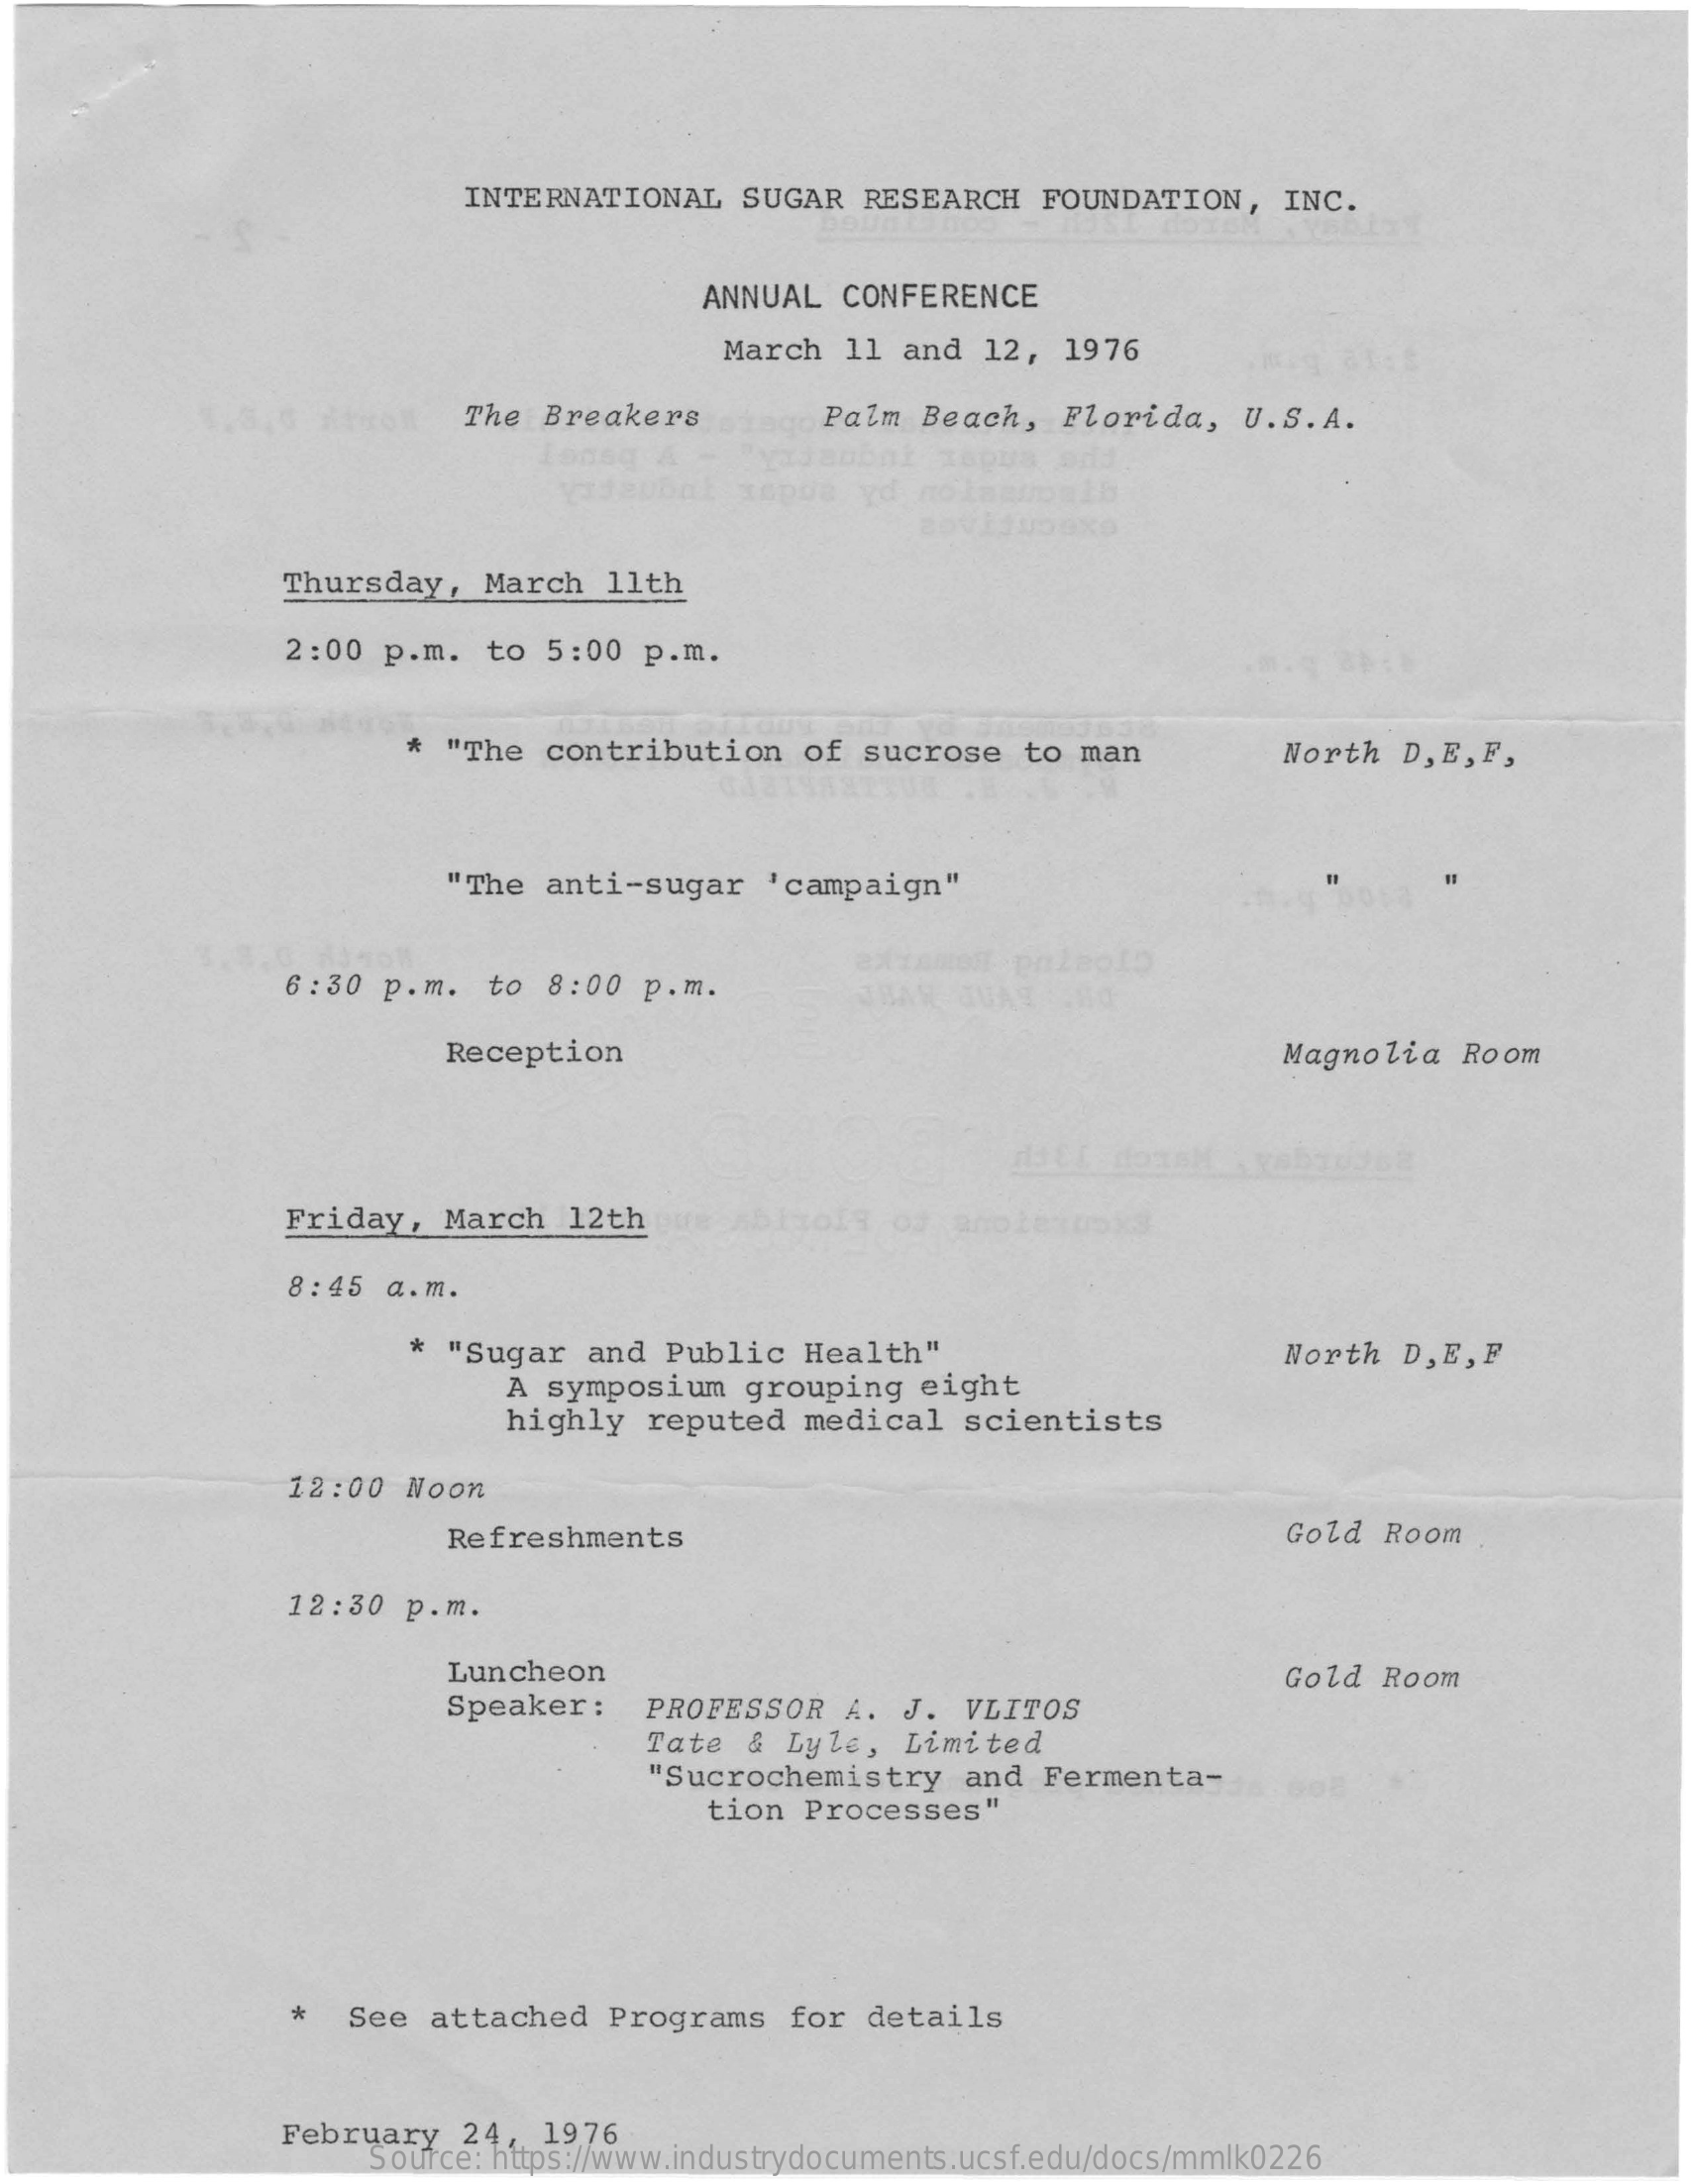
INTERNATIONAL    SUGAR   RESEARCH   FOUNDATION,    INC.
     ANNUAL  CONFERENCE
     March  11  and  12,  1976
     The  Breakers    Palm  Beach,   Florida,   U.S.A.
     Thursday,   March   11th
     2:00  p.m.  to  5:00  p.m.
     * "The  contribution    of  sucrose   to man    North  D, E, F,
     "The  anti-sugar    'campaign"
     6:30  p.m.  to  8:00  p.m.    JUAS
     Reception    Magnolia   Room
     Friday,   March  12th
     8: 45 a.m.
     * "Sugar  and  Public   Health"
     A symposium   grouping   eight
     North  D,E, F
     highly   reputed   medical   scientists
     12:00  Noon
     Refreshments    Gold  Room
     12:30  p.m.
     Luncheon
     Speaker:    PROFESSOR   A.  J.  VLITOS
     Gold  Room
     Tate  &  Lyle,  Limited
     "Sucrochemistry    and  Fermenta-
     tion  Processes"
     *   See  attached   Programs   for  details
     February   24,  1976
     Source: https://www.industrydocuments.ucsf.edu/docs/mmlk0226